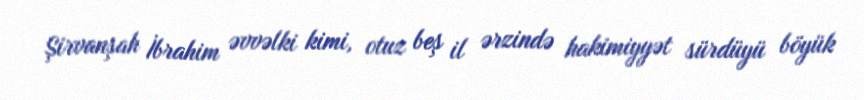
Şirvanşah İbrahim əvvəlki kimi, otuz beş il ərzində hakimiyyət sürdüyü böyük